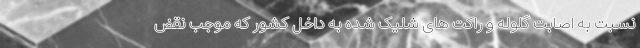
نسبت به اصابت گلوله و راکت های شلیک شده به داخل کشور که موجب نقض